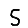
Digit: 5